Calcutta medical institutions reports 1879-81 [i.e.91]
Year: 1879
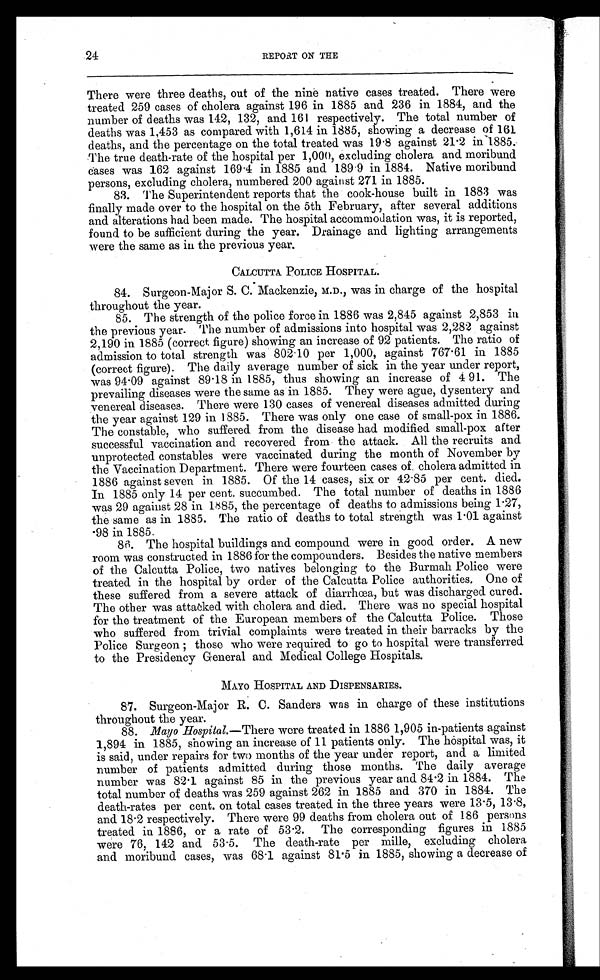
24
REPORT ON THE
There were three deaths, out of the nine native cases treated. There were
treated 259 cases of cholera against 196 in 1885 and 236 in 1884, and the
number of deaths was 142, 132, and 161 respectively. The total number of
deaths was 1,453 as compared with 1,614 in 1885, showing a decrease of 161
deaths, and the percentage on the total treated was 19.8 against 21.2 in 1885.
The true death-rate of the hospital per 1,000, excluding cholera and moribund
cases was 162 against 169.4 in 1885 and 189.9 in 1884. Native moribund
persons, excluding cholera, numbered 200 against 271 in 1885.
83. The Superintendent reports that the cook-house built in 1883 was
finally made over to the hospital on the 5th February, after several additions
and alterations had been made. The hospital accommodation was, it is reported,
found to be sufficient during the year. Drainage and lighting arrangements
were the same as in the previous year.
CALCUTTA POLICE HOSPITAL.
84. Surgeon-Major S. C. Mackenzie, M.D., was in charge of the hospital
throughout the year.
85. The strength of the police force in 1886 was 2,845 against 2,853 in
the previous year. The number of admissions into hospital was 2,282 against
2,190 in 1885 (correct figure) showing an increase of 92 patients. The ratio of
admission to total strength was 802.10 per 1,000, against 767.61 in 1885
(correct figure). The daily average number of sick in the year under report,
was 94.09 against 89.18 in 1885, thus showing an increase of 4.91. The
prevailing diseases were the same as in 1885. They were ague, dysentery and
venereal diseases. There were 130 cases of venereal diseases admitted during
the year against 129 in 1885. There was only one case of small-pox in 1886.
The constable, who suffered from the disease had modified small-pox after
successful vaccination and recovered from the attack. All the recruits and
unprotected constables were vaccinated during the month of November by
the Vaccination Department. There were fourteen cases of cholera admitted in
1886 against seven in 1885. Of the 14 cases, six or 42.85 per cent. died.
In 1885 only 14 per cent. succumbed. The total number of deaths in 1886
was 29 against 28 in 1885, the percentage of deaths to admissions being 1.27,
the same as in 1885. The ratio of deaths to total strength was 1.01 against
.98 in 1885.
86. The hospital buildings and compound were in good order. A new
room was constructed in 1886 for the compounders. Besides the native members
of the Calcutta Police, two natives belonging to the Burmah Police were
treated in the hospital by order of the Calcutta Police authorities. One of
these suffered from a severe attack of diarrhœa, but was discharged cured.
The other was attacked with cholera and died. There was no special hospital
for the treatment of the European members of the Calcutta Police. Those
who suffered from trivial complaints were treated in their barracks by the
Pol i c e Sur ge on ; t hos e who we r e r e qui r e d t o go t o hos pi t a l we r e t r a ns f e r r e d
to the Presidency General and Medical College Hospitals.
MAYO HOSPITAL AND DISPENSARIES.
87. Surgeon-Major R. C. Sanders was in charge of these institutions
throughout the year.
88. Mayo Hospital.—There were treated in 1886 1,905 in-patients against
1,894 in 1885, showing an increase of 11 patients only. The hospital was, it
is said, under repairs for two months of the year under report, and a limited
number of patients admitted during those months. The daily average
number was 82.1 against 85 in the previous year and 84.2 in 1884. The
total number of deaths was 259 against 262 in 1885 and 370 in 1884. The
death-rates per cent. on total cases treated in the three years were 13.5, 13.8,
and 18.2 respectively. There were 99 deaths from cholera out of 186 persons
treated in 1886, or a rate of 53.2. The corresponding figures in 1885
were 76, 142 and 53.5. The death-rate per mille, excluding cholera
and moribund cases, was 68.1 against 81.5 in 1885, showing a decrease of